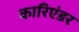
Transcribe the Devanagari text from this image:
कारिएंडर